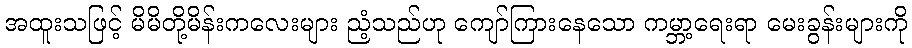
အထူးသဖြင့် မိမိတို့မိန်းကလေးများ ညံ့သည်ဟု ကျော်ကြားနေသော ကမ္ဘာ့ရေးရာ မေးခွန်းများကို